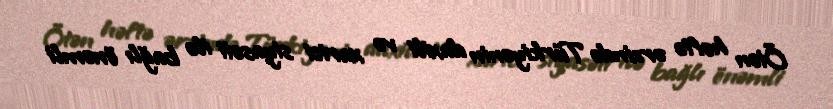
Ötən həftə ərzində Türkiyənin daxili və xarici siyasəti ilə bağlı önəmli